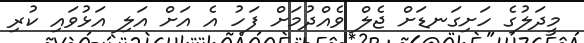
މީދަލުގެ ހަށިގަނޑަށް ޖެލް ވެއްދުމަށް ފަހު އެ އަށް އަލި އަޅުވައި ކުރި